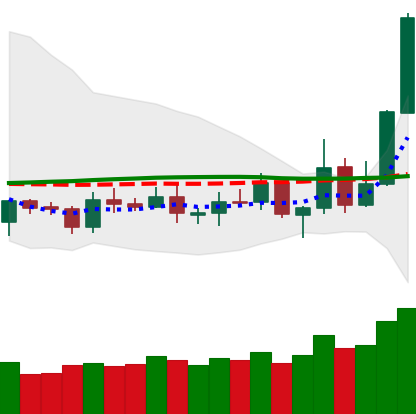
Ticker: TRX-USD
Chart end date: 2019-05-15
Forward return: -9.056%
Label: down_7plus